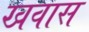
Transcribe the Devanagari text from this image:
खवास